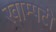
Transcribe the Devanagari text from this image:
खाम्पटी